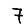
Digit: 7